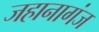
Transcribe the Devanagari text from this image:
जहानागंज